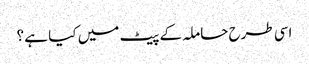
اسی طرح حاملہ کے پیٹ میں کیا ہے ؟